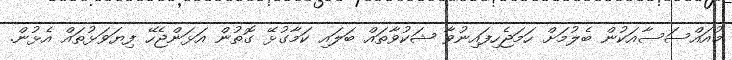
މުއައްސަސާއަކުން ބެލުމަށް ހަމަޖެހިފައިނުވާ ޝަކުވާތައް ބަލައި ކަމާގުޅޭ ގޮތުން އަޅަންޖެހޭ ފިޔަވަޅުތައް އެޅުން.